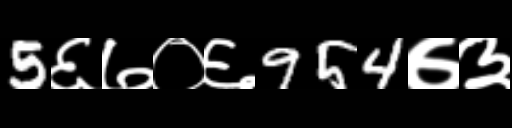
Text: 5६७०६954७३